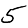
Digit: 5